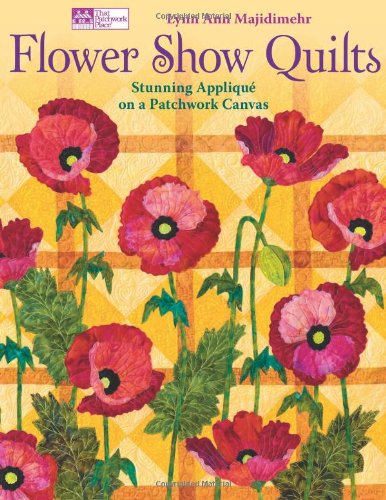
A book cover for Flower Show Quilts: Stunning AppliquÃ© on a Patchwork Canvas; Lynn Ann Majidimehr; Crafts, Hobbies & Home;